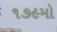
૧૭૯મો